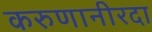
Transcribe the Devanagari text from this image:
करुणानीरदा